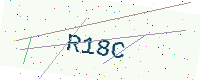
Text: R18C